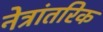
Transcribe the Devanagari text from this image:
नेत्रांतरिक